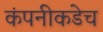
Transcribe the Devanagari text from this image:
कंपनीकडेच